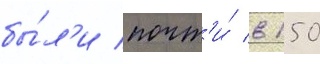
бы́л'и почт'и́ в 150